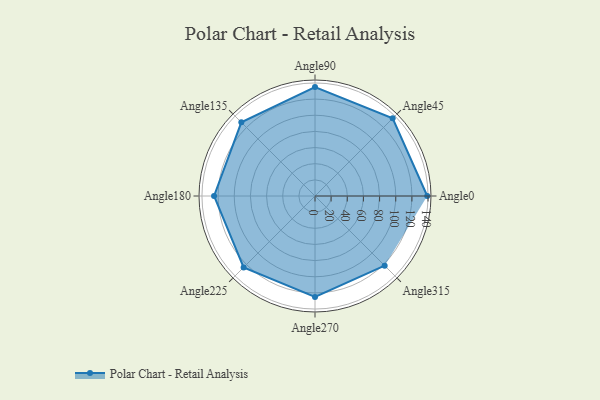
{"axis": {"x": "Angle", "y": "Radius"}, "legend": [""], "data": [{"x": "Angle0", "y": 139.0, "type": ""}, {"x": "Angle45", "y": 136.0, "type": ""}, {"x": "Angle90", "y": 135.0, "type": ""}, {"x": "Angle135", "y": 129.0, "type": ""}, {"x": "Angle180", "y": 125.0, "type": ""}, {"x": "Angle225", "y": 125.0, "type": ""}, {"x": "Angle270", "y": 125.0, "type": ""}, {"x": "Angle315", "y": 122.0, "type": ""}]}